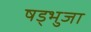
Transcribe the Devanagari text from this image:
षड्भुजा